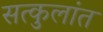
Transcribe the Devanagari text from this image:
सत्कुलांत